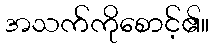
အသက်ကိုစောင့်၏။